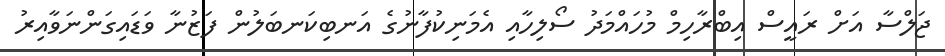
ޖަލްސާ އަށް ރައީސް އިބްރާހިމް މުހައްމަދު ސޯލިހާއި އެމަނިކުފާނުގެ އަނބިކަނބަލުން ފަޒުނާ ވަޑައިގަންނަވާއިރު